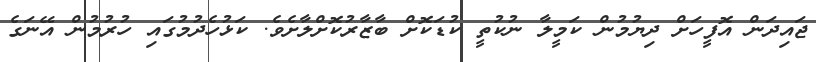
ޖައިދަން އޮފީހަށް ދިޔުމުން ކަމީލާ ނުކުތީ ކުޑަކޮށް ބާޒާރުކޮށްލާށެވެ. ކަޅުހެދުމުގައި ހުރުމުން އޭނަގެ